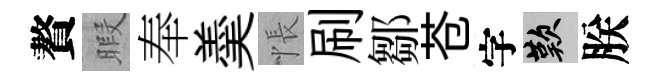
贅暇奉羮悵刷鄒苍字嘆朕